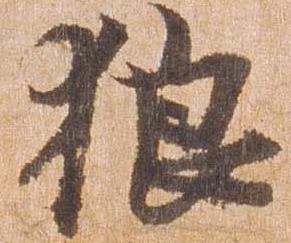
狼